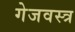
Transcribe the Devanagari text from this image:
गेजवस्त्र